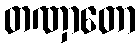
တဏှာတော